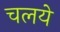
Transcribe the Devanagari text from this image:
चलये